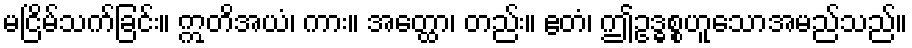
မငြိမ်သက်ခြင်း။ ဣတိအယံ၊ ကား။ အတ္ထော၊ တည်း။ ဧတံ၊ ဤဥဒ္ဓစ္စဟူသောအမည်သည်။